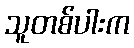
သူတစ်ပါးက